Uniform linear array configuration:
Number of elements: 4
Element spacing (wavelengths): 0.75
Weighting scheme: blackman
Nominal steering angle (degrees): -30
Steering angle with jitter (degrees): -29.583
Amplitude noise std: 0.05
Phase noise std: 0.05

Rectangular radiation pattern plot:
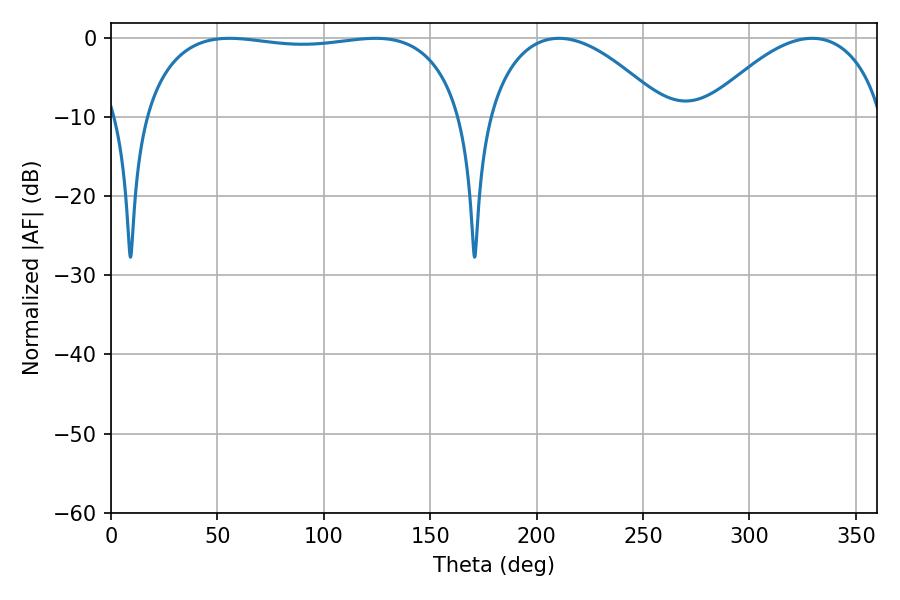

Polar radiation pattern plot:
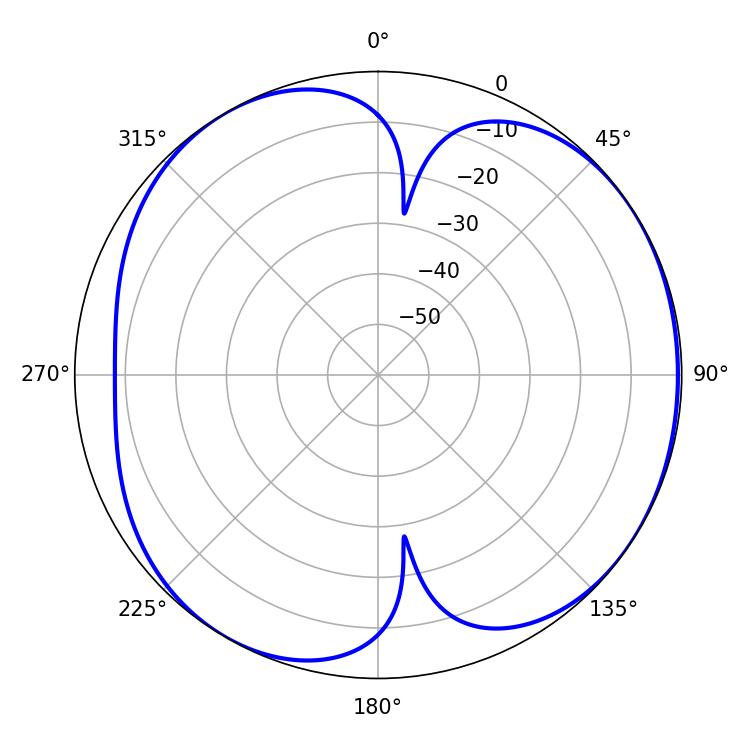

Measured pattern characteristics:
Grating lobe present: TRUE
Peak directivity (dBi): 5.217
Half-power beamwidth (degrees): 120.96
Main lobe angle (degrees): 55.62